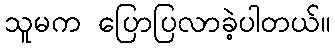
သူမက ပြောပြလာခဲ့ပါတယ်။